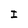
Character: I